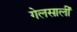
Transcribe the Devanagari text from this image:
गेलसालीं